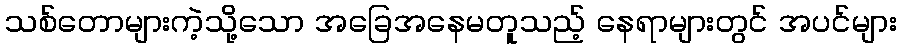
သစ်တောများကဲ့သို့သော အခြေအနေမတူသည့် နေရာများတွင် အပင်များ